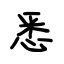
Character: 悉